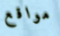
مواقع